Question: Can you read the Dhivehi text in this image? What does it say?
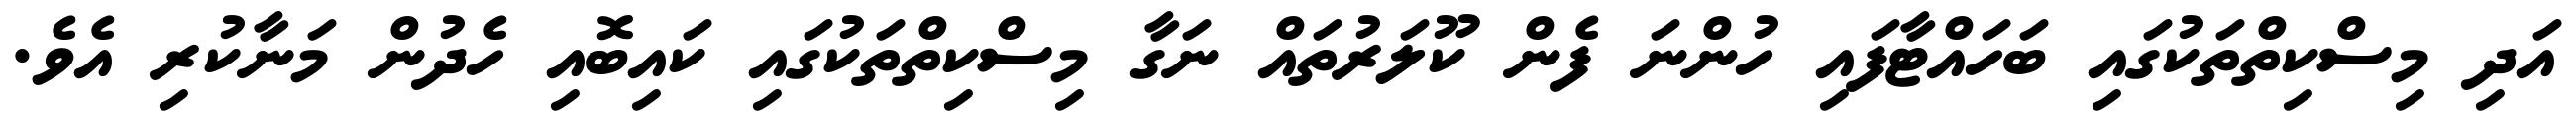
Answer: އަދި މިސްކިތްތަކުގައި ބަހައްޓާފައި ހުންނަ ފެން ކޫލަރުތައް ނަގާ މިސްކިތްތަކުގައި ކައިބޮއި ހެދުން މަނާކުރި އެވެ.